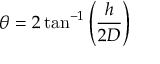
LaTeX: \theta = 2 \tan ^ { - 1 } \left( { \frac { h } { 2 D } } \right)